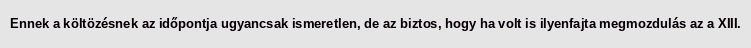
Ennek a költözésnek az időpontja ugyancsak ismeretlen, de az biztos, hogy ha volt is ilyenfajta megmozdulás az a XIII.